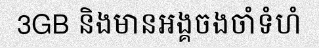
3GB និងមានអង្គចងចាំទំហំ